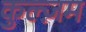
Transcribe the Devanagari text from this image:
कुल्ज़म